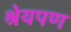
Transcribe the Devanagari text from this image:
श्रेयपण